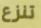
تنزع